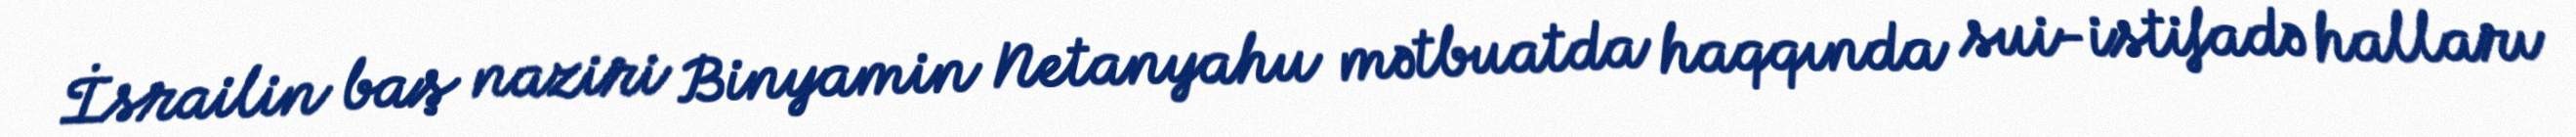
İsrailin baş naziri Binyamin Netanyahu mətbuatda haqqında sui-istifadə halları